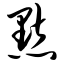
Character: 默